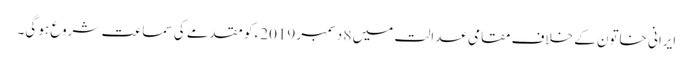
ایرانی خاتون کے خلاف مقامی عدالت میں 8 دسمبر 2019ء کو مقدمے کی سماعت شروع ہو گی۔